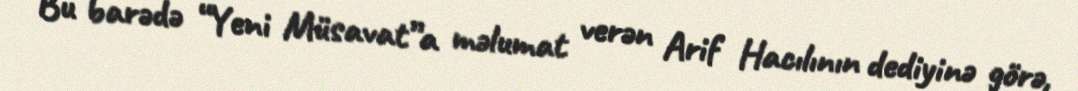
Bu barədə “Yeni Müsavat”a məlumat verən Arif Hacılının dediyinə görə,